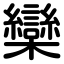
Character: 欒